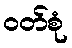
ဝတ်စုံ